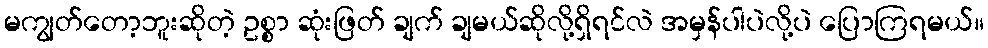
မကျွတ်တော့ဘူးဆိုတဲ့ ဥစ္စာ ဆုံးဖြတ် ချက် ချမယ်ဆိုလို့ရှိရင်လဲ အမှန်ပါပဲလို့ပဲ ပြောကြရမယ်။